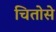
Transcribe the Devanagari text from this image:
चितोसे